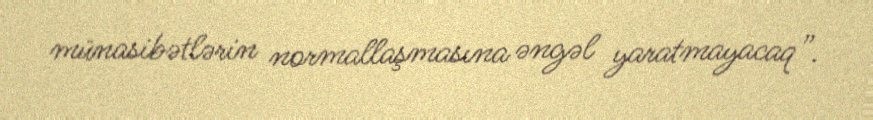
münasibətlərin normallaşmasına əngəl yaratmayacaq”.